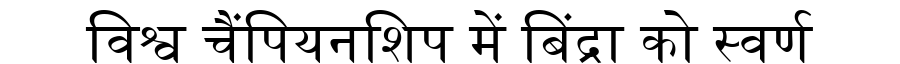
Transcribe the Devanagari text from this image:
विश्व चैंपियनशिप में बिंद्रा को स्वर्ण